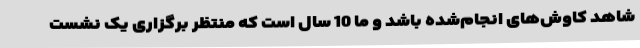
شاهد کاوش‌های انجام‌شده باشد و ما 10 سال است که منتظر برگزاری یک نشست